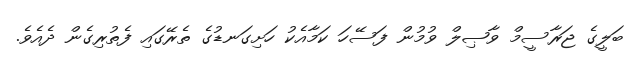
ބަލީގެ ޖަރާސީމް ވާޞިލް ވުމުން ފަސޭހަ ކަމާއެކު ހަށިގަނޑުގެ ތެރޭގައި ފެތުރިގެން ދެއެވެ.